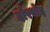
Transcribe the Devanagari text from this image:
दोरवोद